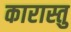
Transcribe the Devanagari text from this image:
कारास्तु